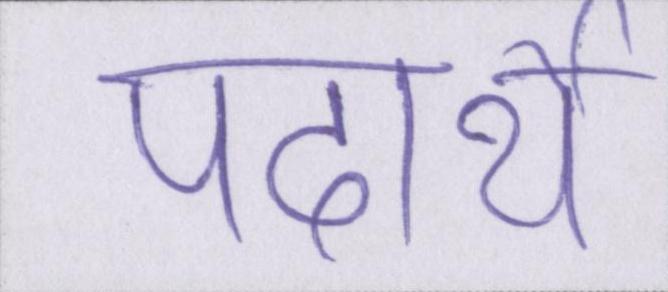
पदार्थे